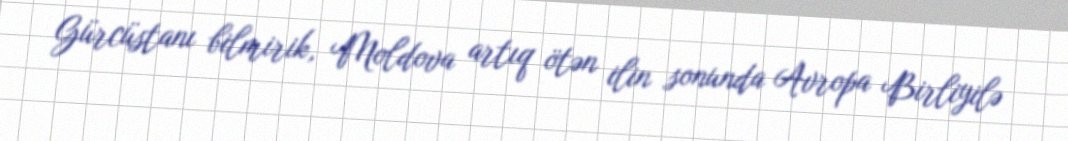
Gürcüstanı bilmirik, Moldova artıq ötən ilin sonunda Avropa Birliyilə